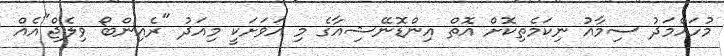
މުހައްމަދު ސިމާއު ނިކަމެތިކޮށް އޮތް އިންޑޮނޭޝިއާގެ މި އަވަށަކީ މިއަދު "ރެއިންބޯ ވިލެޖް"އެއް